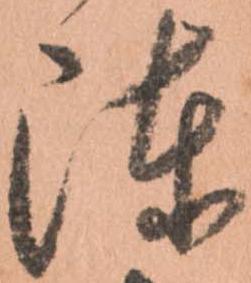
陳